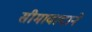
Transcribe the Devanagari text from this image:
सीमावादाने